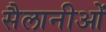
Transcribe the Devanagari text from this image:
सैलानीओं